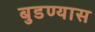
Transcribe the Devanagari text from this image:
बुडण्यास